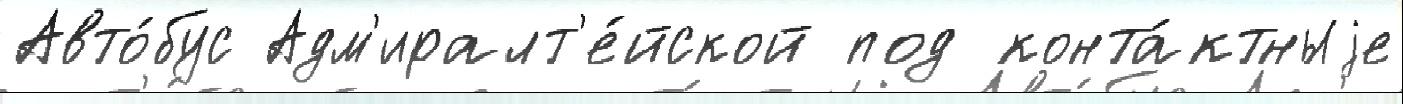
Авто́бус Адм'иралт'е́йской под конта́ктныjе